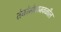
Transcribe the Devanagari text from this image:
तेजोमेघाजवळील